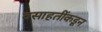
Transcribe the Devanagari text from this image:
वसाहतींकडून